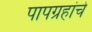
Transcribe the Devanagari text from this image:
पापग्रहांचे